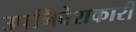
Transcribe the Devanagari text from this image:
उपनिवेशकारी